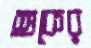
শুকের